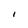
Character: I